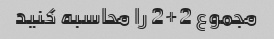
مجموع 2+2 را محاسبه کنید